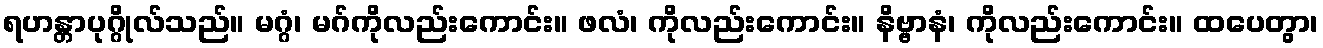
ရဟန္တာပုဂ္ဂိုလ်သည်။ မဂ္ဂံ၊ မဂ်ကိုလည်းကောင်း။ ဖလံ၊ ကိုလည်းကောင်း။ နိဗ္ဗာနံ၊ ကိုလည်းကောင်း။ ထပေတွာ၊